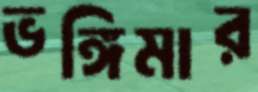
ভঙ্গিমার